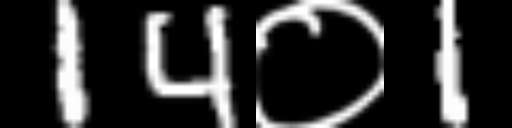
Text: 14०1